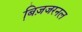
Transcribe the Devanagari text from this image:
बि़ज़जरनल